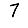
Digit: 7